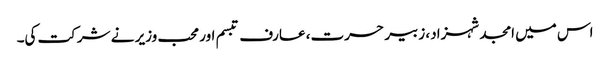
اس میں امجد شہزاد، زبیر حسرت، عارف تبسم اور محب وزیر نے شرکت کی۔